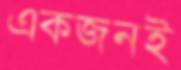
একজনই